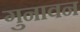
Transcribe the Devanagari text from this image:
गुनावन